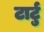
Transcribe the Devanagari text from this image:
टार्टु